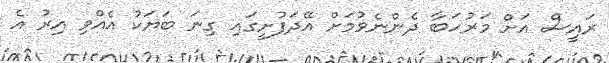
ރައީސް އަށް މަރުހަބާ ދެންނެވުމަށް އޭދަފުށީގައި ގިނަ ބަޔަކު އެއްވި އިރު އެ